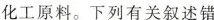
化工原料。下列有关叙述错